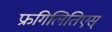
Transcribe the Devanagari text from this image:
फ्रगिलितिएस्